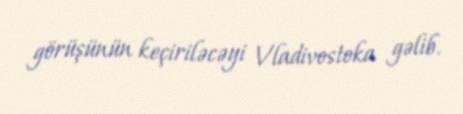
görüşünün keçiriləcəyi Vladivostoka gəlib.